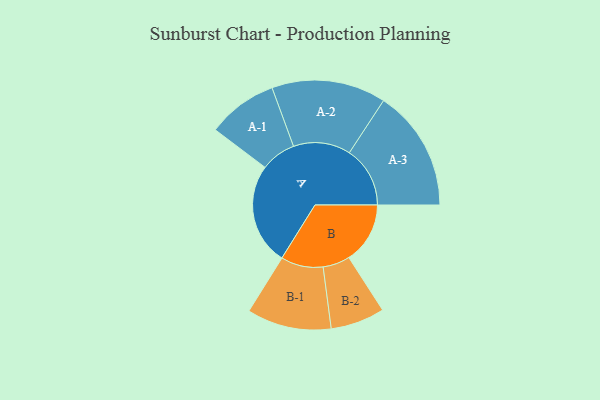
{"axis": {"x": "Segment", "y": "Value"}, "legend": ["", "A", "B"], "data": [{"x": "A", "y": 402, "type": ""}, {"x": "B", "y": 242, "type": ""}, {"x": "A-1", "y": 139, "type": "A"}, {"x": "A-2", "y": 226, "type": "A"}, {"x": "A-3", "y": 240, "type": "A"}, {"x": "B-1", "y": 167, "type": "B"}, {"x": "B-2", "y": 107, "type": "B"}]}